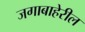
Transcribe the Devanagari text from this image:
जगाबाहेरील